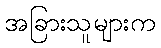
အခြားသူများက